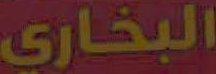
البخاري